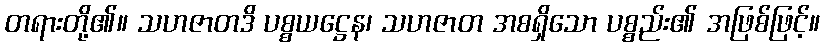
တရားတို့၏။ သဟဇာတဒိ ပစ္စယဋ္ဌေန၊ သဟဇာတ အစရှိသော ပစ္စည်း၏ အဖြစ်ဖြင့်။